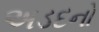
અડદનો